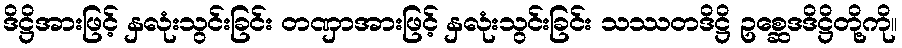
ဒိဋ္ဌိအားဖြင့် နှလုံးသွင်းခြင်း တဏှာအားဖြင့် နှလုံးသွင်းခြင်း သဿတဒိဋ္ဌိ ဥစ္ဆေဒဒိဋ္ဌိတို့ကို။